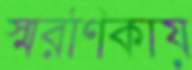
স্মরণিকায়